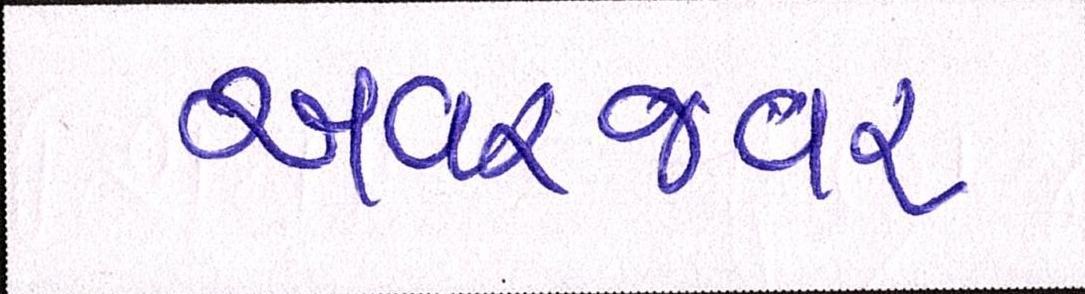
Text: અવરજવર